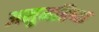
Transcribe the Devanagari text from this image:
अनुमतिष्क